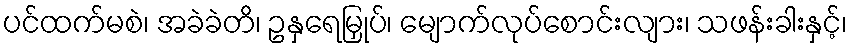
ပင်ထက်မစဲ၊ အခဲခဲတိ၊ ဥနှရေမြှုပ်၊ မျောက်လုပ်စောင်းလျား၊ သဖန်းခါးနှင့်၊